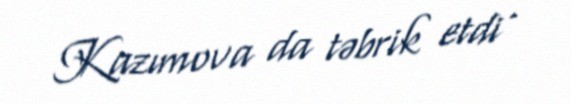
Kazımova da təbrik etdi .